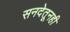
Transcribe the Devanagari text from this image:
सनदेतूनही